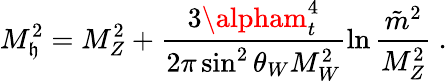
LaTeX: M_{\mathfrak{h}}^{2}=M_{Z}^{2}+\frac{{3\alpham_{t}^{4}}}{{2\pi\sin^{2}\theta_{W}M_{W}^{2}}}\ln\frac{{\tilde{{m}}^{2}}}{{M_{Z}^{2}}}~.